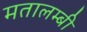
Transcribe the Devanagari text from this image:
मतालम्बी